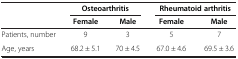
<table><thead><tr><td><b> </b></td><td colspan="2"><b>Osteoarthritis</b></td><td colspan="2"><b>Rheumatoid arthritis</b></td></tr><tr><td><b> </b></td><td><b>Female</b></td><td><b>Male</b></td><td><b>Female</b></td><td><b>Male</b></td></tr></thead><tbody><tr><td>Patients, number</td><td>9</td><td>3</td><td>5</td><td>7</td></tr><tr><td>Age, years</td><td>68.2 ± 5.1</td><td>70 ± 4.5</td><td>67.0 ± 4.6</td><td>69.5 ± 3.6</td></tr></tbody></table>